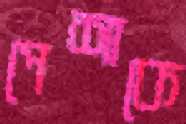
পেশাকে